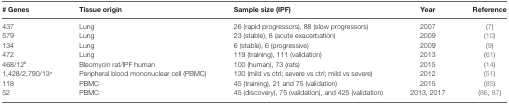
<table><thead><tr><td><b># Genes</b></td><td><b>Tissue origin</b></td><td><b>Sample size (IPF)</b></td><td><b>Year</b></td><td><b>Reference</b></td></tr></thead><tbody><tr><td>437</td><td>Lung</td><td>26 (rapid progressors), 88 (slow progressors)</td><td>2007</td><td>(7)</td></tr><tr><td>579</td><td>Lung</td><td>23 (stable), 8 (acute exacerbation)</td><td>2009</td><td>(10)</td></tr><tr><td>134</td><td>Lung</td><td>6 (stable), 6 (progressive)</td><td>2009</td><td>(9)</td></tr><tr><td>472</td><td>Lung</td><td>119 (training), 111 (validation)</td><td>2013</td><td>(61)</td></tr><tr><td>468/12<sup>b</sup></td><td>Bleomycin rat/IPF human</td><td>100 (human), 73 (rats)</td><td>2015</td><td>(14)</td></tr><tr><td>1,428/2,790/13<sup>a</sup></td><td>Peripheral blood mononuclear cell (PBMC)</td><td>130 (mild vs ctrl; severe vs ctrl; mild vs severe)</td><td>2012</td><td>(51)</td></tr><tr><td>118</td><td>PBMC</td><td>45 (training), 21 and 75 (validation)</td><td>2015</td><td>(85)</td></tr><tr><td>52</td><td>PBMC</td><td>45 (discovery), 75 (validation), and 425 (validation)</td><td>2013, 2017</td><td>(86, 87)</td></tr></tbody></table>